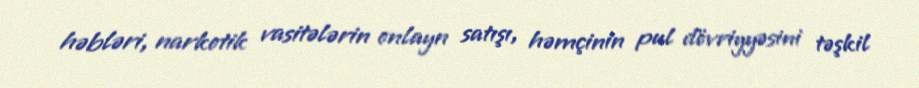
həbləri, narkotik vasitələrin onlayn satışı, həmçinin pul dövriyyəsini təşkil